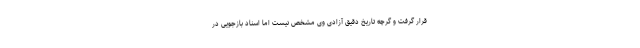
قرار گرفت و گرچه تاریخ دقیق آزادی وی مشخص نیست اما اسناد بازجویی در